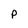
Character: P